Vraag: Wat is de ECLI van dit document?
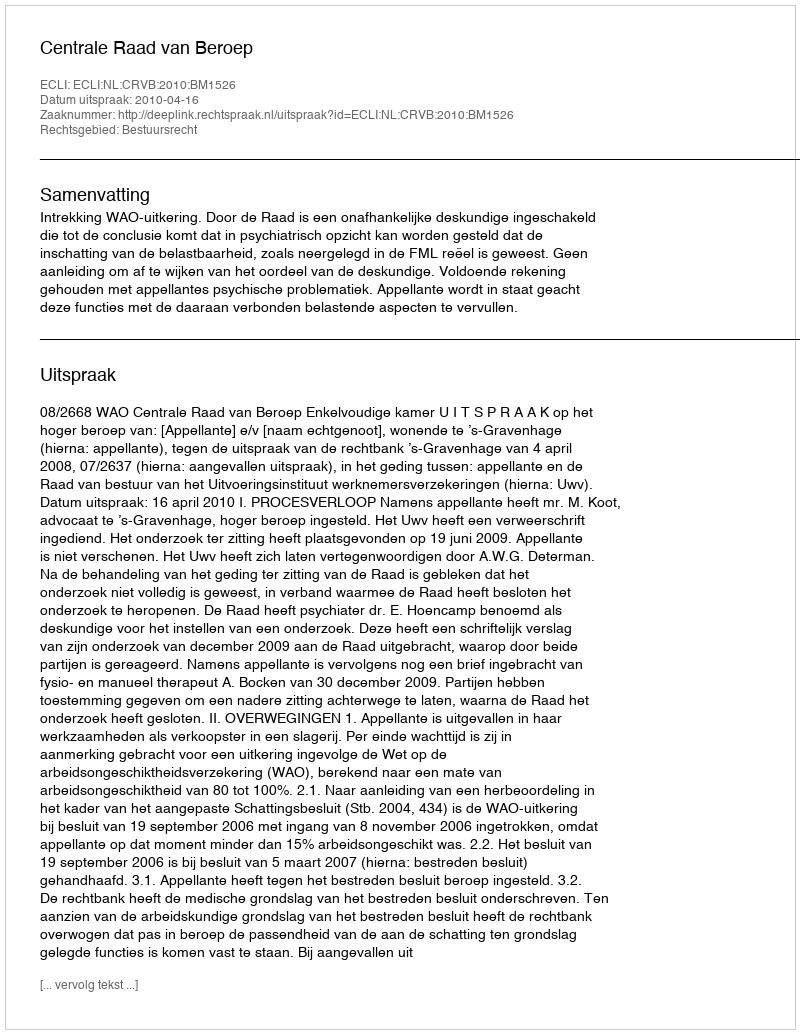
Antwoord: ECLI:NL:CRVB:2010:BM1526